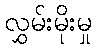
လွှမ်းမိုးမှု